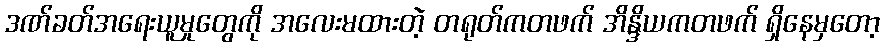
ဒဏ်ခတ်အရေးယူမှုတွေကို အလေးမထားတဲ့ တရုတ်ကတဖက် အိန္ဒိယကတဖက် ရှိနေမှတော့